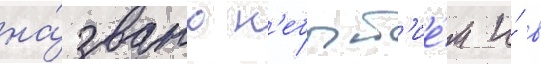
на́звано н'ебыт'ие́м и́ в